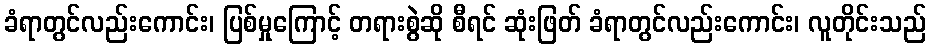
ခံရာတွင်လည်းကောင်း၊ ပြစ်မှုကြောင့် တရားစွဲဆို စီရင် ဆုံးဖြတ် ခံရာတွင်လည်းကောင်း၊ လူတိုင်းသည်